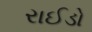
રાઈડો